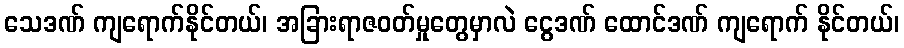
သေဒဏ် ကျရောက်နိုင်တယ်၊ အခြားရာဇဝတ်မှုတွေမှာလဲ ငွေဒဏ် ထောင်ဒဏ် ကျရောက် နိုင်တယ်၊